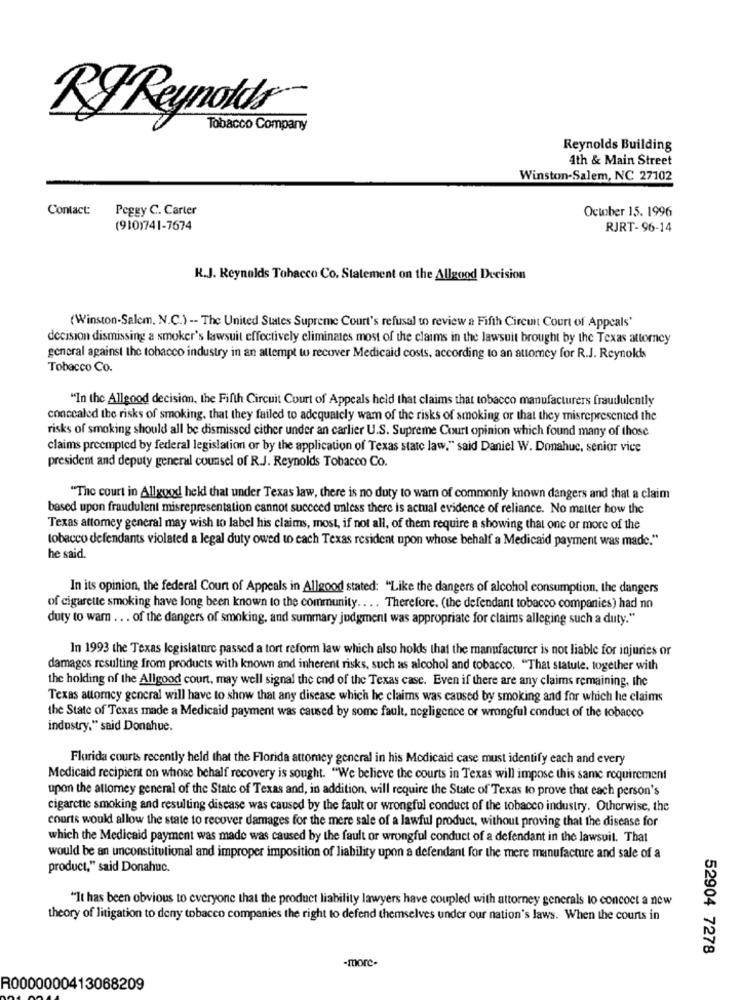
BJ Reynolds
Tobacco Company
Reynolds Building
4th & Main Street
Winston-Salem, NC 27102
Contact:
Peggy C. Carter
October 15. 1996
(910)741-7674
RJRT-96-14
R.J. Reynolds Tobacco Co. Statement on the Allgood Decision
(Winston-Salem, N.C.) -- The United States Supreme Court's refusal to review a Fifth Circuit Court of Appeals'
decision dismissing a smoker's lawsuit effectively eliminates most of the claims in the lawsuit brought by the Texas attorney
general against the tobacco industry in an attempt to recover Medicaid costs, according to an attorney for R.J. Reynolds
Tobacco Co.
"In the Allgood decision, the Fifth Circuit Court of Appeals held that claims that tobacco manufacturers fraudulently
concealed the risks of smoking, that they failed to adequately wam of the risks of smoking or that they misrepresented the
risks of smoking should all be dismissed either under an carlier U.S. Supreme Court opinion which found many of those
claims preempted by federal legislation or by the application of Texas state law," said Daniel W. Donahue, senior vice
president and deputy general counsel of R.J. Reynolds Tobacco Co.
"The court in Allgood held that under Texas law, there is no duty to warn of commonly known dangers and that a claim
based upon fraudulent misrepresentation cannot succeed unless there is actual evidence of reliance. No matter how the
Texas attomey general may wish to label his claims, most, if not all, of them require a showing that one or more of the
tobacco defendants violated a legal duty owed to cach Texas resident upon whose behalf a Medicaid payment was made."
he said.
In its opinion, the federal Court of Appeals in Allgood stated: "Like the dangers of alcohol consumption, the dangers
of cigarette smoking have long been known to the community .. .. Therefore. (the defendant tobacco companies) had no
duty to wam ... of the dangers of smoking, and summary judgment was appropriate for claims alleging such a duty."
In 1993 the Texas legislature passed a tort reform law which also holds that the manufacturer is not liable for injuries or
damages resulting from products with known and inherent risks, such as alcohol and tobacco. "That statute, together with
the holding of the Allgood court, may well signal the end of the Texas case. Even if there are any claims remaining, the
Texas attorney general will have to show that any disease which he claims was caused by smoking and for which he claims
the State of Texas made a Medicaid payment was caused by some fault, negligence or wrongful conduct of the tobacco
industry," said Donahue.
Florida courts recently held that the Florida attomey general in his Medicaid case must identify each and every
Medicaid recipient on whose behalf recovery is sought. "We believe the courts in Texas will impose this same requirement
upon the attorney general of the State of Texas and, in addition, will require the State of Texas to prove that each person's
cigarette smoking and resulting disease was caused by the fault or wrongful conduct of the tobacco industry. Otherwise, the
courts would allow the state to recover damages for the mere sale of a lawful product, without proving that the disease for
which the Medicaid payment was made was caused by the fault or wrongful conduct of a defendant in the lawsuit. That
would be an unconstitutional and improper imposition of liability upon a defendant for the mere manufacture and sale of a
product," said Donahuc.
"It has been obvious to everyone that the product liability lawyers have coupled with attorney generals lo concoct a new
theory of litigation to deny tobacco companies the right to defend themselves under our nation's laws. When the courts in
52904 7278
-more-
R0000000413068209